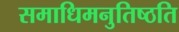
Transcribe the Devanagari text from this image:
समाधिमनुतिष्ठति